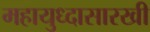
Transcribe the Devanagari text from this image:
महायुध्दासारखी